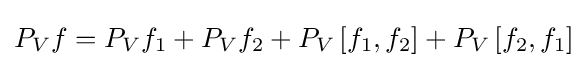
P_{V}f=P_{V}f_{1}+P_{V}f_{2}+P_{V}\left[f_{1},f_{2}\right]+P_{V}\left[f_{2},f_{1}\right]